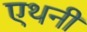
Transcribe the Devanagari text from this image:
एथनी